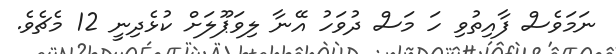
ނަމަވެސް ފާއިތުވި ހަ މަސް ދުވަހު އޭނާ ލިވަޕޫލަށް ކުޅެދިނީ 12 މެޗެވެ.